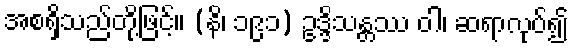
အစရှိသည်တို့ဖြင့်။ (နိ၊ ၁၉၁) ဥဒ္ဒိသန္တဿ ဝါ၊ ဆရာလုပ်၍